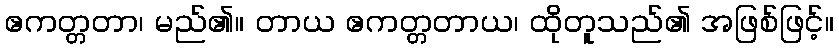
ဧကတ္တတာ၊ မည်၏။ တာယ ဧကတ္တတာယ၊ ထိုတူသည်၏ အဖြစ်ဖြင့်။